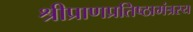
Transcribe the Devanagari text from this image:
श्रीप्राणप्रतिष्ठामंत्रस्य